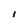
Character: l